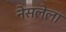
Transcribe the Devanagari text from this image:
नेसलेला